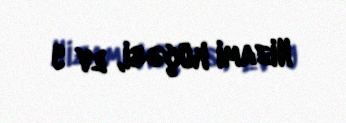
Nizami küçəsi, ev 9